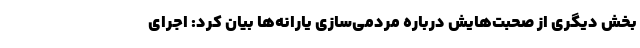
بخش دیگری از صحبت‌هایش درباره مردمی‌سازی یارانه‌ها بیان کرد: اجرای